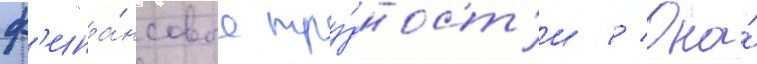
ф'ина́нсовые тру́дност'и // Она́